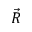
\vec { R }